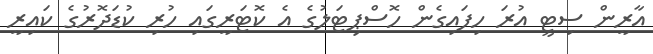
އާރީން ސިޓީ އުރަ ހިފައިގެން ހޮސްޕިޓަލުގެ އެ ކޮޓަރީގައި ހުރި ކުޑަދޮރުގެ ކައިރީ